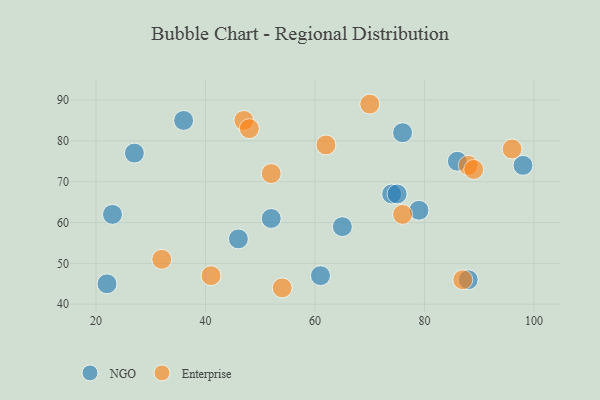
{"axis": {"x": "GDP", "y": "Life Expectancy"}, "legend": ["Enterprise", "NGO"], "data": [{"x": "27", "y": 77, "type": "NGO"}, {"x": "23", "y": 62, "type": "NGO"}, {"x": "88", "y": 46, "type": "NGO"}, {"x": "36", "y": 85, "type": "NGO"}, {"x": "76", "y": 82, "type": "NGO"}, {"x": "61", "y": 47, "type": "NGO"}, {"x": "79", "y": 63, "type": "NGO"}, {"x": "46", "y": 56, "type": "NGO"}, {"x": "22", "y": 45, "type": "NGO"}, {"x": "74", "y": 67, "type": "NGO"}, {"x": "75", "y": 67, "type": "NGO"}, {"x": "98", "y": 74, "type": "NGO"}, {"x": "65", "y": 59, "type": "NGO"}, {"x": "86", "y": 75, "type": "NGO"}, {"x": "52", "y": 61, "type": "NGO"}, {"x": "88", "y": 74, "type": "Enterprise"}, {"x": "76", "y": 62, "type": "Enterprise"}, {"x": "41", "y": 47, "type": "Enterprise"}, {"x": "96", "y": 78, "type": "Enterprise"}, {"x": "87", "y": 46, "type": "Enterprise"}, {"x": "89", "y": 73, "type": "Enterprise"}, {"x": "52", "y": 72, "type": "Enterprise"}, {"x": "47", "y": 85, "type": "Enterprise"}, {"x": "48", "y": 83, "type": "Enterprise"}, {"x": "62", "y": 79, "type": "Enterprise"}, {"x": "32", "y": 51, "type": "Enterprise"}, {"x": "70", "y": 89, "type": "Enterprise"}, {"x": "54", "y": 44, "type": "Enterprise"}]}